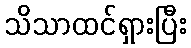
သိသာထင်ရှားပြီး